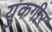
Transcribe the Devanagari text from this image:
युकगीर